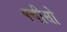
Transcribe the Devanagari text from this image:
पचीसो